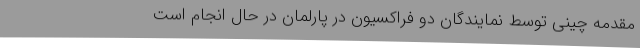
مقدمه چینی توسط نمایندگان دو فراکسیون در پارلمان در حال انجام است